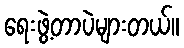
ရေးဖွဲ့တာပဲများတယ်။